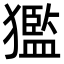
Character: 㺝